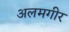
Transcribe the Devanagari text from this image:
अलमगीर